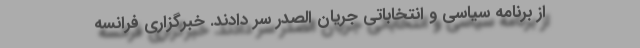
از برنامه سیاسی و انتخاباتی جریان الصدر سر دادند. خبرگزاری فرانسه